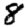
Digit: 8